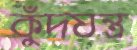
কুঁদযন্ত্র